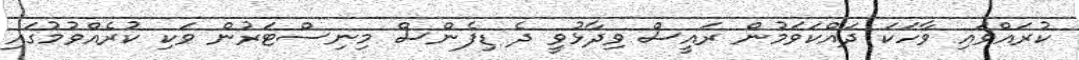
ކުރައްވައި ވާހަކަ ދައްކަވަމުން ރައީސް ވިދާޅުވީ ދެ ޑިފެންސް މިނިސްޓަރުން ވަކި ކުރެއްވުމުގައި